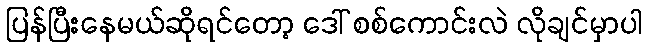
ပြန်ပြီးနေမယ်ဆိုရင်တော့ ဒေါ် စစ်ကောင်းလဲ လိုချင်မှာပါ